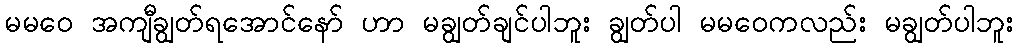
မမဝေ အကျီချွတ်ရအောင်နော် ဟာ မချွတ်ချင်ပါဘူး ချွတ်ပါ မမဝေကလည်း မချွတ်ပါဘူး